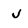
Character: j